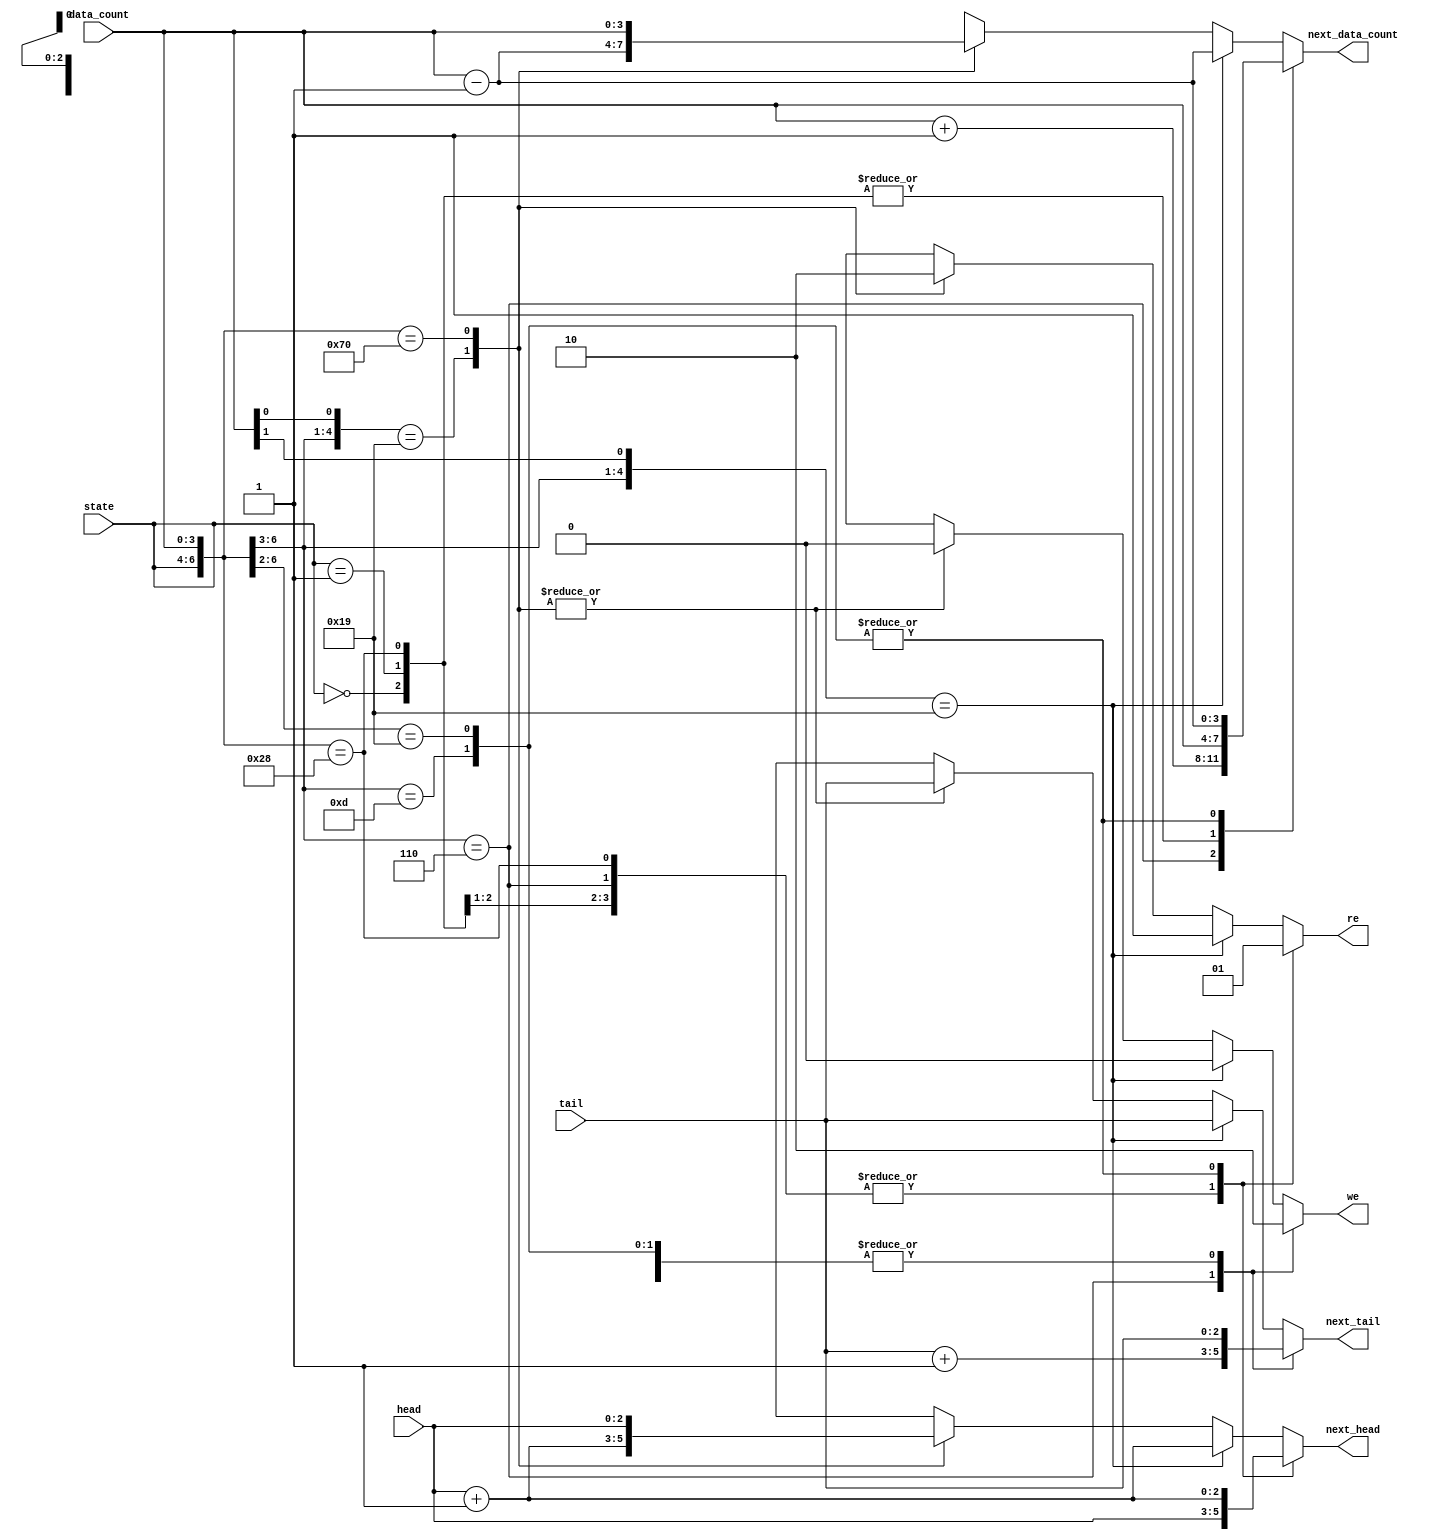
module fifo_cal_addr (state, head, tail, data_count, we, re, next_head, next_tail, next_data_count);
	
	input [2:0] state, head, tail;	 	// 3bits input ports
	input [3:0] data_count;					// 4bits input port
	
	output we, re;								// output ports
	output [2:0] next_head, next_tail;	// 3bits output ports
	output [3:0] next_data_count;			// 4bits output port
	
	reg we, re;									// reg
	reg [2:0] next_head, next_tail;		// 3bits reg
	reg [3:0] next_data_count;				// 4bits reg
	
	// parameters
	parameter INIT = 3'b000;
	parameter NO_OP = 3'b001;
	parameter WRITE = 3'b011;
	parameter WR_ERROR = 3'b010;
	parameter READ = 3'b110;
	parameter RD_ERROR = 3'b111;		
	
	// calculate address 
	always @ (state, data_count) begin
		casex({state, data_count})
			// Transition rules for state INIT
			{INIT, 4'bxxxx}: begin we <= 1'b0; re <= 1'b0; next_head <= head; next_tail <= tail; next_data_count <= data_count; end
			
			// Transition rules for state NO_OP
			{NO_OP, 4'bxxxx}: begin we <= 1'b0; re <= 1'b0; next_head <= head; next_tail <= tail; next_data_count <= data_count; end
			
			// Transition rules for state WRITE
			{WRITE, 4'b0xxx}: begin we <= 1'b1; re <= 1'b0; next_head <= head; next_tail <= tail + 1; next_data_count <= data_count + 1; end
			
			// Transition rules for state WR_ERROR
			{WR_ERROR, 4'b1000}: begin we <= 1'b0; re <= 1'b0; next_head <= head; next_tail <= tail; next_data_count <= data_count; end
			
			// Transition rules for state READ
			{READ, 4'b1xxx} : begin we <= 1'b0; re <= 1'b1; next_head <= head + 1; next_tail <= tail; next_data_count <= data_count - 1; end
			{READ, 4'b01xx} : begin we <= 1'b0; re <= 1'b1; next_head <= head + 1; next_tail <= tail; next_data_count <= data_count - 1; end
			{READ, 4'b0x1x} : begin we <= 1'b0; re <= 1'b1; next_head <= head + 1; next_tail <= tail; next_data_count <= data_count - 1; end
			{READ, 4'b0xx1} : begin we <= 1'b0; re <= 1'b1; next_head <= head + 1; next_tail <= tail; next_data_count <= data_count - 1; end
			
			// Transition rules for state RD_ERROR
			{RD_ERROR, 4'b0000}: begin we <= 1'b0; re <= 1'b0; next_head <= head; next_tail <= tail; next_data_count <= data_count; end

			default: begin we <= 1'bx; re <= 1'bx; next_head <= 3'bxxx; next_tail <= 3'bxxx; next_data_count <= 4'bxxxx; end
		endcase
	end
	
	
endmodule